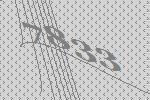
7833